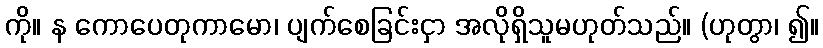
ကို။ န ကောပေတုကာမော၊ ပျက်စေခြင်းငှာ အလိုရှိသူမဟုတ်သည်။ (ဟုတွာ၊ ၍။